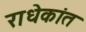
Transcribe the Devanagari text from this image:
राधेकांत